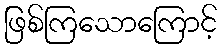
ဖြစ်ကြသောကြောင့်